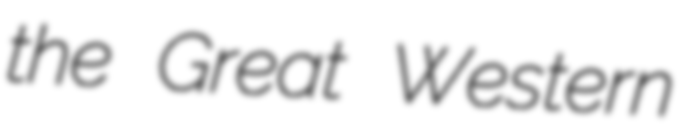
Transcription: the Great Western